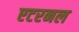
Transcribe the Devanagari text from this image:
एटरनल